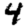
Digit: 4